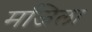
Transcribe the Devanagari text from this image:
मजिला